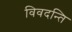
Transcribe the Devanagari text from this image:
विवदन्ति